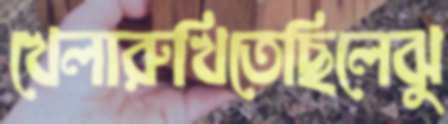
খেলারুখিতেছিলেঝু